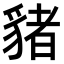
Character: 𧳯